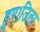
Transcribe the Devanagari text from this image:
हुए।जिला